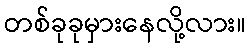
တစ်ခုခုမှားနေလို့လား။